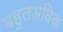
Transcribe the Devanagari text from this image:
बहुतअधिक